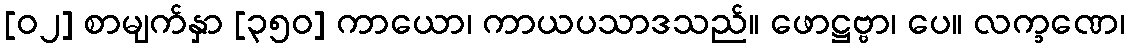
[၀၂] စာမျက်နှာ [၃၅၀] ကာယော၊ ကာယပသာဒသည်။ ဖောဋ္ဌဗ္ဗာ၊ ပေ။ လက္ခဏေ၊